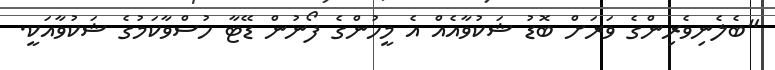
"ބެލެނިވެރިންގެ ވަރަށް ބޮޑު ޝަކުވާއެއް އެ މީހުންގެ ފޯނުން ޑޭޓާ ހުސްވާކަމުގެ ޝަކުވާއަކީ.